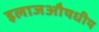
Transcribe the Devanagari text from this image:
इलाजऔषधीय